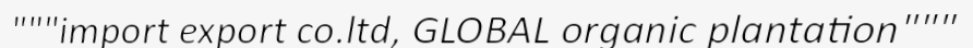
"""import export co.ltd, GLOBAL organic plantation"""